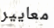
معايير